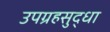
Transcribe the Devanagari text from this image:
उपग्रहसुद्धा